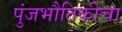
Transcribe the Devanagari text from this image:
पुंजभौतिकीचा